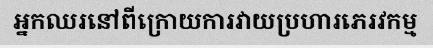
អ្នកឈរនៅពីក្រោយការវាយប្រហារភេរវកម្ម